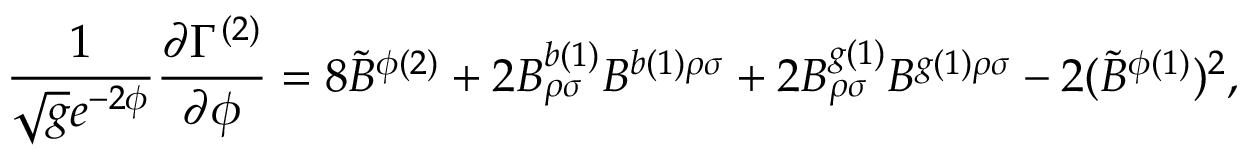
\frac { 1 } { \sqrt { g } e ^ { - 2 \phi } } \frac { \partial \Gamma ^ { ( 2 ) } } { \partial \phi } = 8 { \tilde { B } } ^ { \phi ( 2 ) } + 2 B _ { \rho \sigma } ^ { b ( 1 ) } B ^ { b ( 1 ) \rho \sigma } + 2 B _ { \rho \sigma } ^ { g ( 1 ) } B ^ { g ( 1 ) \rho \sigma } - 2 ( { \tilde { B } } ^ { \phi ( 1 ) } ) ^ { 2 } ,